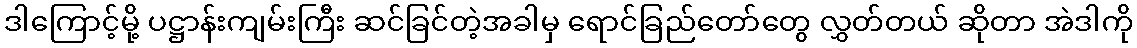
ဒါကြောင့်မို့ ပဋ္ဌာန်းကျမ်းကြီး ဆင်ခြင်တဲ့အခါမှ ရောင်ခြည်တော်တွေ လွှတ်တယ် ဆိုတာ အဲဒါကို